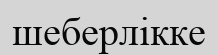
шеберлікке